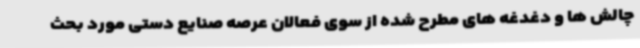
چالش ها و دغدغه های مطرح شده از سوی فعالان عرصه صنایع دستی مورد بحث